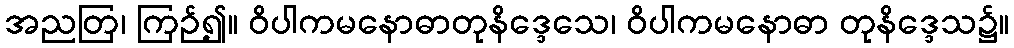
အညတြ၊ ကြဉ်၍။ ဝိပါကမနောဓာတုနိဒ္ဒေသေ၊ ဝိပါကမနောဓာ တုနိဒ္ဒေသ၌။